system: You are a helpful assistant.
user:
Analyze the provided spectrum to determine if it is a **M-type Giant (gM)**.

A M-type Giant spectrum is defined by its **strong molecular absorption** features, particularly from **Titanium Oxide (TiO)**. You must check for one of the following mutually exclusive signatures:

- **Key Visual Indicators (Absorption-Dominated Spectrum):**

    - **(Primary):** The spectrum is dominated by strong molecular absorption from **Titanium Oxide (TiO)**. This is the **defining feature** of its M-type temperature class.
        - **(Key Bandheads):** Look for sharp, "saw-tooth" absorption valleys. The strongest are located near **~7050 Å**, **~6160 Å**, and **~5170 Å**.
        - **(Line Profile):** The "saw-tooth" morphology is critical: a **sharp, steep drop on the BLUE (short-wavelength) side** of the bandhead, followed by a gradual recovery (rising flux) towards the RED (long-wavelength) side.

    - **(Key Confirmation - Giant vs. Dwarf):** **ABSENCE** of strong **Calcium Hydride (CaH)** molecular bands. This is the primary diagnostic for *excluding* M-dwarfs.
        - **(Key Region):** The spectrum should lack the strong, broad absorption band seen in dwarfs between **~6800 Å and ~7000 Å**.

    - **(Secondary Confirmation - Giant):** A very strong and broad **Neutral Calcium (Ca I)** atomic absorption line.
        - **(Key Line):** Located at **~4226 Å**. In a giant (gM), this line is significantly deeper and broader than the same line in an M-dwarf (dM) due to low surface gravity.

    - **(Overall Spectrum):**
        - The continuum is **extremely red-sloping** (i.e., flux is very low in the blue and rises dramatically towards the red).
        - The entire spectrum appears "chopped up" by the deep TiO bands.

Think first, call **spectral_visualization_tool** if needed to examine features in detail, then provide your final answer. Your response must adhere to the following strict rules:
1.  **Overall Structure:** Your response must follow the format `<think>...</think> <tool_call>...</tool_call> (if a tool is used) <answer>...</answer>`.
2.  **Tool Usage Constraint:** You may only make **one** tool call per turn.
3.  **Final Answer Format:** In the `<answer>` tag, your conclusion must be inside a `\boxed{}` command (e.g., `\boxed{YES}` or `\boxed{NO}`), followed by your justification.

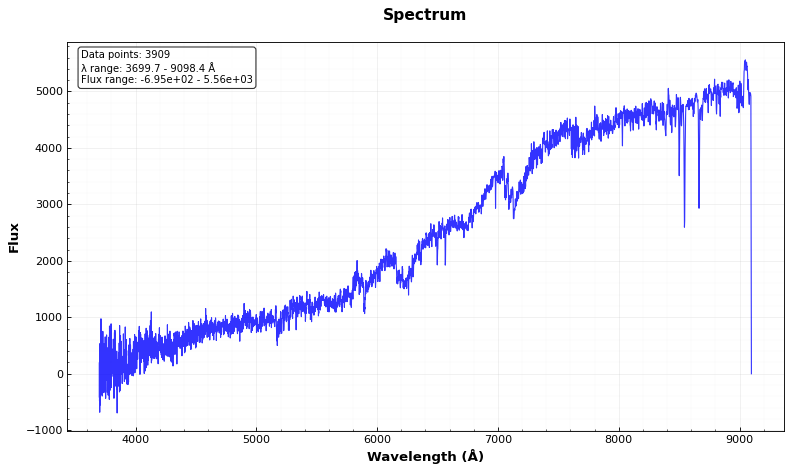
Answer: YES